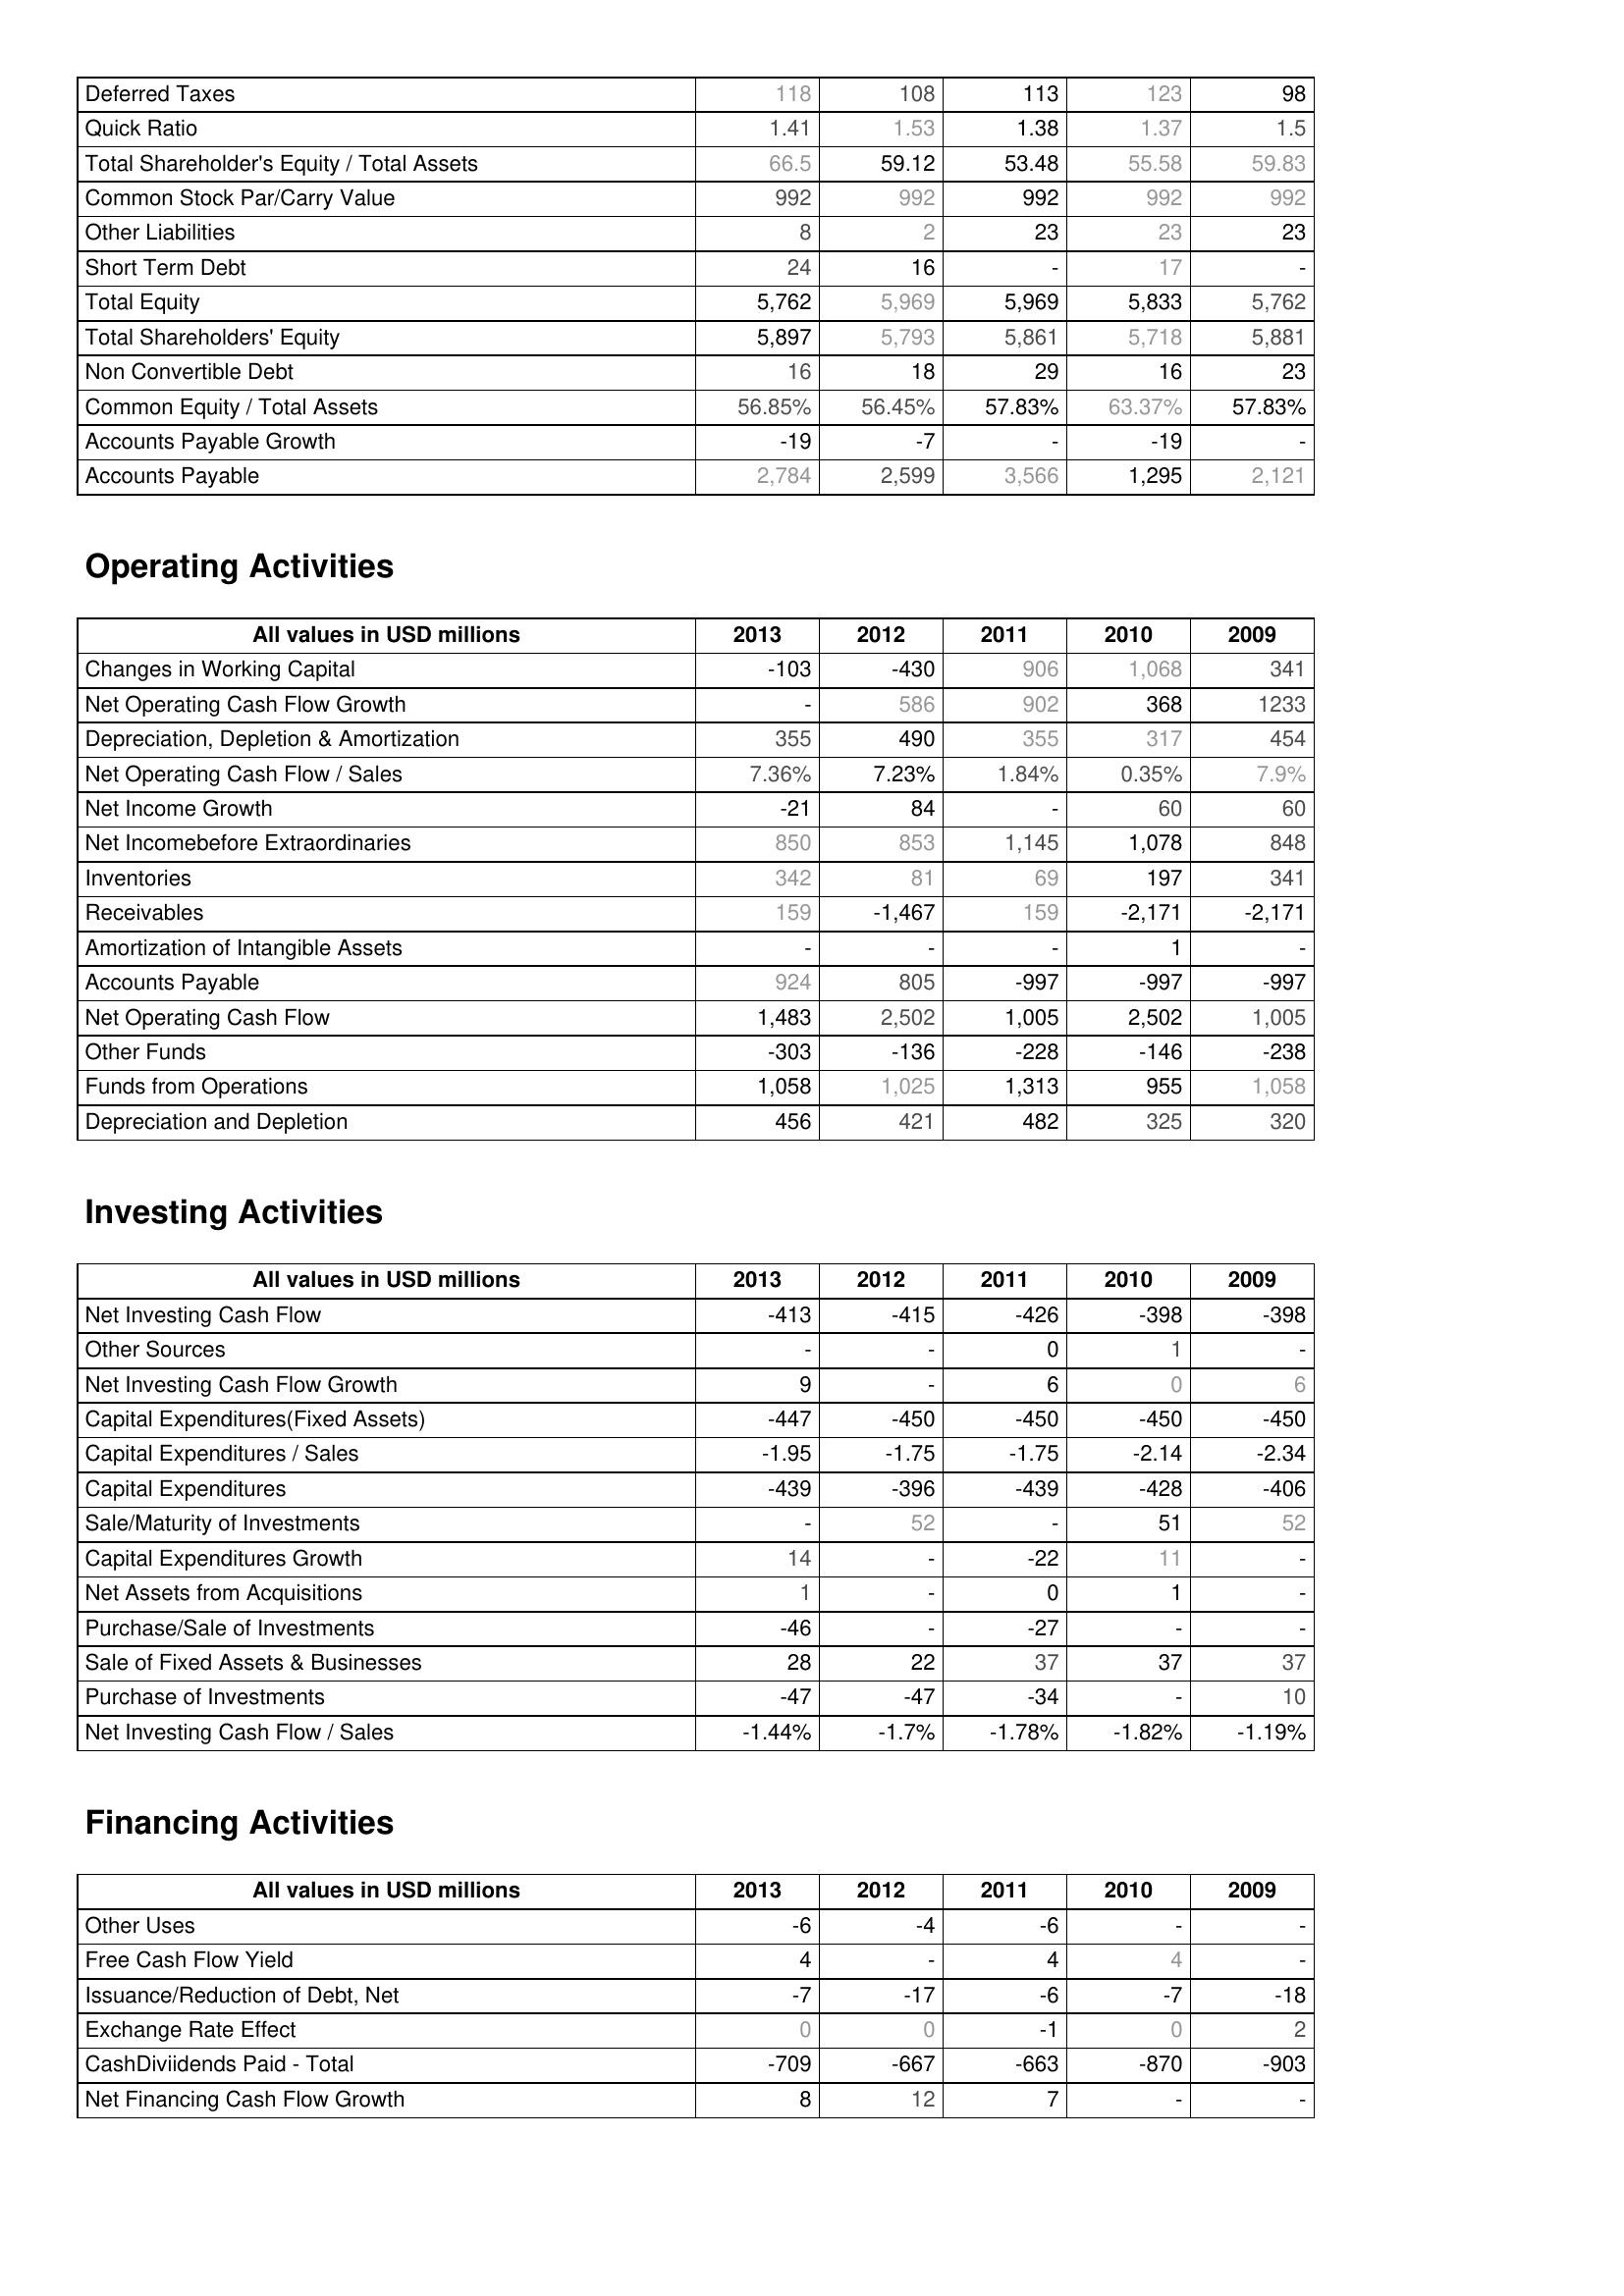
2013: Liabilities & Shareholder's Equity: Deferred Taxes: 118
Quick Ratio: 1.41
Total Shareholder's Equity / Total Assets: 66.5
Common Stock Par/Carry Value: 992
Other Liabilities: 8
Short Term Debt: 24
Total Equity: 5,762
Total Shareholders' Equity: 5,897
Non Convertible Debt: 16
Common Equity / Total Assets: 56.85%
Accounts Payable Growth: -19
Accounts Payable: 2,784
Operating Activities: Changes in Working Capital: -103
Net Operating Cash Flow Growth: -
Depreciation, Depletion & Amortization: 355
Net Operating Cash Flow / Sales: 7.36%
Net Income Growth: -21
Net Incomebefore Extraordinaries: 850
Inventories: 342
Receivables: 159
Amortization of Intangible Assets: -
Accounts Payable: 924
Net Operating Cash Flow: 1,483
Other Funds: -303
Funds from Operations: 1,058
Depreciation and Depletion: 456
Investing Activities: Net Investing Cash Flow: -413
Other Sources: -
Net Investing Cash Flow Growth: 9
Capital Expenditures(Fixed Assets): -447
Capital Expenditures / Sales: -1.95
Capital Expenditures: -439
Sale/Maturity of Investments: -
Capital Expenditures Growth: 14
Net Assets from Acquisitions: 1
Purchase/Sale of Investments: -46
Sale of Fixed Assets & Businesses: 28
Purchase of Investments: -47
Net Investing Cash Flow / Sales: -1.44%
Financing Activities: Other Uses: -6
Free Cash Flow Yield: 4
Issuance/Reduction of Debt, Net: -7
Exchange Rate Effect: 0
CashDiviidends Paid - Total: -709
Net Financing Cash Flow Growth: 8
2012: Liabilities & Shareholder's Equity: Deferred Taxes: 108
Quick Ratio: 1.53
Total Shareholder's Equity / Total Assets: 59.12
Common Stock Par/Carry Value: 992
Other Liabilities: 2
Short Term Debt: 16
Total Equity: 5,969
Total Shareholders' Equity: 5,793
Non Convertible Debt: 18
Common Equity / Total Assets: 56.45%
Accounts Payable Growth: -7
Accounts Payable: 2,599
Operating Activities: Changes in Working Capital: -430
Net Operating Cash Flow Growth: 586
Depreciation, Depletion & Amortization: 490
Net Operating Cash Flow / Sales: 7.23%
Net Income Growth: 84
Net Incomebefore Extraordinaries: 853
Inventories: 81
Receivables: -1,467
Amortization of Intangible Assets: -
Accounts Payable: 805
Net Operating Cash Flow: 2,502
Other Funds: -136
Funds from Operations: 1,025
Depreciation and Depletion: 421
Investing Activities: Net Investing Cash Flow: -415
Other Sources: -
Net Investing Cash Flow Growth: -
Capital Expenditures(Fixed Assets): -450
Capital Expenditures / Sales: -1.75
Capital Expenditures: -396
Sale/Maturity of Investments: 52
Capital Expenditures Growth: -
Net Assets from Acquisitions: -
Purchase/Sale of Investments: -
Sale of Fixed Assets & Businesses: 22
Purchase of Investments: -47
Net Investing Cash Flow / Sales: -1.7%
Financing Activities: Other Uses: -4
Free Cash Flow Yield: -
Issuance/Reduction of Debt, Net: -17
Exchange Rate Effect: 0
CashDiviidends Paid - Total: -667
Net Financing Cash Flow Growth: 12
2011: Liabilities & Shareholder's Equity: Deferred Taxes: 113
Quick Ratio: 1.38
Total Shareholder's Equity / Total Assets: 53.48
Common Stock Par/Carry Value: 992
Other Liabilities: 23
Short Term Debt: -
Total Equity: 5,969
Total Shareholders' Equity: 5,861
Non Convertible Debt: 29
Common Equity / Total Assets: 57.83%
Accounts Payable Growth: -
Accounts Payable: 3,566
Operating Activities: Changes in Working Capital: 906
Net Operating Cash Flow Growth: 902
Depreciation, Depletion & Amortization: 355
Net Operating Cash Flow / Sales: 1.84%
Net Income Growth: -
Net Incomebefore Extraordinaries: 1,145
Inventories: 69
Receivables: 159
Amortization of Intangible Assets: -
Accounts Payable: -997
Net Operating Cash Flow: 1,005
Other Funds: -228
Funds from Operations: 1,313
Depreciation and Depletion: 482
Investing Activities: Net Investing Cash Flow: -426
Other Sources: 0
Net Investing Cash Flow Growth: 6
Capital Expenditures(Fixed Assets): -450
Capital Expenditures / Sales: -1.75
Capital Expenditures: -439
Sale/Maturity of Investments: -
Capital Expenditures Growth: -22
Net Assets from Acquisitions: 0
Purchase/Sale of Investments: -27
Sale of Fixed Assets & Businesses: 37
Purchase of Investments: -34
Net Investing Cash Flow / Sales: -1.78%
Financing Activities: Other Uses: -6
Free Cash Flow Yield: 4
Issuance/Reduction of Debt, Net: -6
Exchange Rate Effect: -1
CashDiviidends Paid - Total: -663
Net Financing Cash Flow Growth: 7
2010: Liabilities & Shareholder's Equity: Deferred Taxes: 123
Quick Ratio: 1.37
Total Shareholder's Equity / Total Assets: 55.58
Common Stock Par/Carry Value: 992
Other Liabilities: 23
Short Term Debt: 17
Total Equity: 5,833
Total Shareholders' Equity: 5,718
Non Convertible Debt: 16
Common Equity / Total Assets: 63.37%
Accounts Payable Growth: -19
Accounts Payable: 1,295
Operating Activities: Changes in Working Capital: 1,068
Net Operating Cash Flow Growth: 368
Depreciation, Depletion & Amortization: 317
Net Operating Cash Flow / Sales: 0.35%
Net Income Growth: 60
Net Incomebefore Extraordinaries: 1,078
Inventories: 197
Receivables: -2,171
Amortization of Intangible Assets: 1
Accounts Payable: -997
Net Operating Cash Flow: 2,502
Other Funds: -146
Funds from Operations: 955
Depreciation and Depletion: 325
Investing Activities: Net Investing Cash Flow: -398
Other Sources: 1
Net Investing Cash Flow Growth: 0
Capital Expenditures(Fixed Assets): -450
Capital Expenditures / Sales: -2.14
Capital Expenditures: -428
Sale/Maturity of Investments: 51
Capital Expenditures Growth: 11
Net Assets from Acquisitions: 1
Purchase/Sale of Investments: -
Sale of Fixed Assets & Businesses: 37
Purchase of Investments: -
Net Investing Cash Flow / Sales: -1.82%
Financing Activities: Other Uses: -
Free Cash Flow Yield: 4
Issuance/Reduction of Debt, Net: -7
Exchange Rate Effect: 0
CashDiviidends Paid - Total: -870
Net Financing Cash Flow Growth: -
2009: Liabilities & Shareholder's Equity: Deferred Taxes: 98
Quick Ratio: 1.5
Total Shareholder's Equity / Total Assets: 59.83
Common Stock Par/Carry Value: 992
Other Liabilities: 23
Short Term Debt: -
Total Equity: 5,762
Total Shareholders' Equity: 5,881
Non Convertible Debt: 23
Common Equity / Total Assets: 57.83%
Accounts Payable Growth: -
Accounts Payable: 2,121
Operating Activities: Changes in Working Capital: 341
Net Operating Cash Flow Growth: 1233
Depreciation, Depletion & Amortization: 454
Net Operating Cash Flow / Sales: 7.9%
Net Income Growth: 60
Net Incomebefore Extraordinaries: 848
Inventories: 341
Receivables: -2,171
Amortization of Intangible Assets: -
Accounts Payable: -997
Net Operating Cash Flow: 1,005
Other Funds: -238
Funds from Operations: 1,058
Depreciation and Depletion: 320
Investing Activities: Net Investing Cash Flow: -398
Other Sources: -
Net Investing Cash Flow Growth: 6
Capital Expenditures(Fixed Assets): -450
Capital Expenditures / Sales: -2.34
Capital Expenditures: -406
Sale/Maturity of Investments: 52
Capital Expenditures Growth: -
Net Assets from Acquisitions: -
Purchase/Sale of Investments: -
Sale of Fixed Assets & Businesses: 37
Purchase of Investments: 10
Net Investing Cash Flow / Sales: -1.19%
Financing Activities: Other Uses: -
Free Cash Flow Yield: -
Issuance/Reduction of Debt, Net: -18
Exchange Rate Effect: 2
CashDiviidends Paid - Total: -903
Net Financing Cash Flow Growth: -